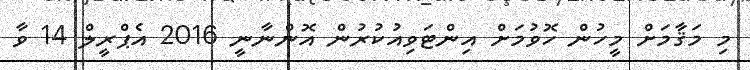
މި މަޤާމަށް މީހުން ހޮވުމަށް އިންޓަވިއުކުރުން އޮންނާނީ 2016 އެޕްރީލް 14 ވާ